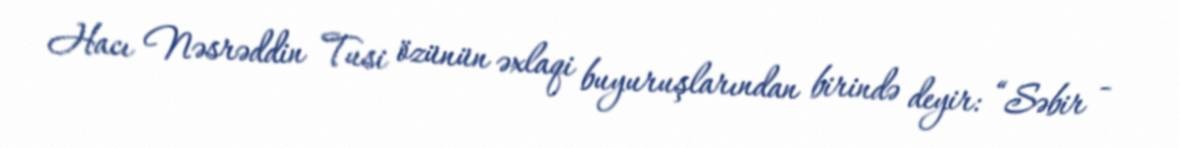
Hacı Nəsrəddin Tusi özünün əxlaqi buyuruşlarından birində deyir: “Səbir -